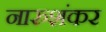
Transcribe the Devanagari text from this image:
नारुशंकर